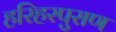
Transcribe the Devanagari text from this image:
हरिहरपुराण